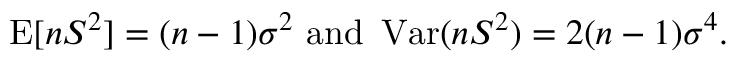
\operatorname { E } [ n S ^ { 2 } ] = ( n - 1 ) \sigma ^ { 2 } { \mathrm { ~ a n d ~ } } \operatorname { V a r } ( n S ^ { 2 } ) = 2 ( n - 1 ) \sigma ^ { 4 } .